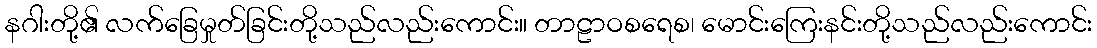
နဂါးတို့၏ လက်ခြေမှုတ်ခြင်းတို့သည်လည်းကောင်း။ တာဠာဝစရေစ၊ မောင်းကြေးနင်းတို့သည်လည်းကောင်း